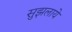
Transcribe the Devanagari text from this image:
सुझलाये